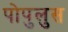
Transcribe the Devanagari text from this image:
पोपुलुस